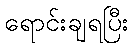
ရောင်းချရပြီး